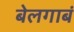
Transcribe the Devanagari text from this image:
बेलगाबं